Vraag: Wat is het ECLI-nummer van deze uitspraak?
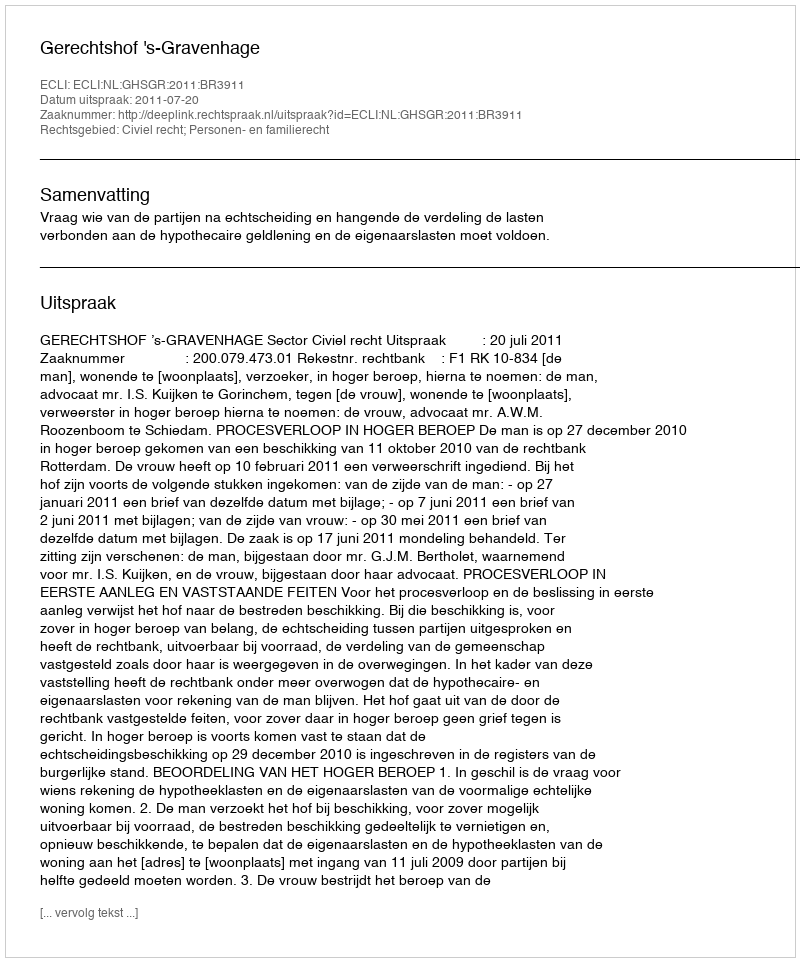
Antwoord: ECLI:NL:GHSGR:2011:BR3911